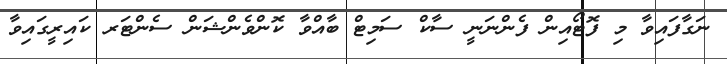
ނަގާފައިވާ މި ފޮޓޯއިން ފެންނަނީ ސާކް ސަމިޓް ބާއްވާ ކޮންވެންޝަން ސެންޓަރ ކައިރީގައިވާ